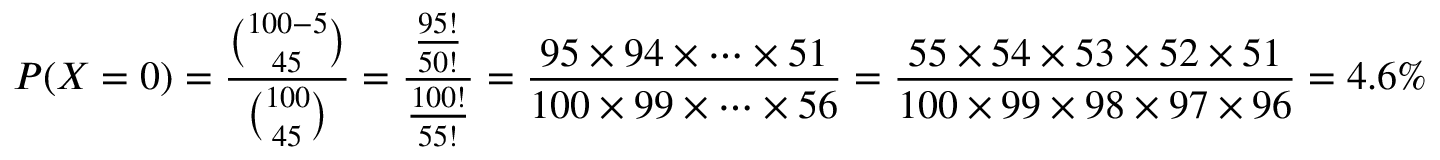
P ( X = 0 ) = { \frac { \binom { 1 0 0 - 5 } { 4 5 } } { \binom { 1 0 0 } { 4 5 } } } = { \frac { \frac { 9 5 ! } { 5 0 ! } } { \frac { 1 0 0 ! } { 5 5 ! } } } = { \frac { 9 5 \times 9 4 \times \cdots \times 5 1 } { 1 0 0 \times 9 9 \times \cdots \times 5 6 } } = { \frac { 5 5 \times 5 4 \times 5 3 \times 5 2 \times 5 1 } { 1 0 0 \times 9 9 \times 9 8 \times 9 7 \times 9 6 } } = 4 . 6 \%